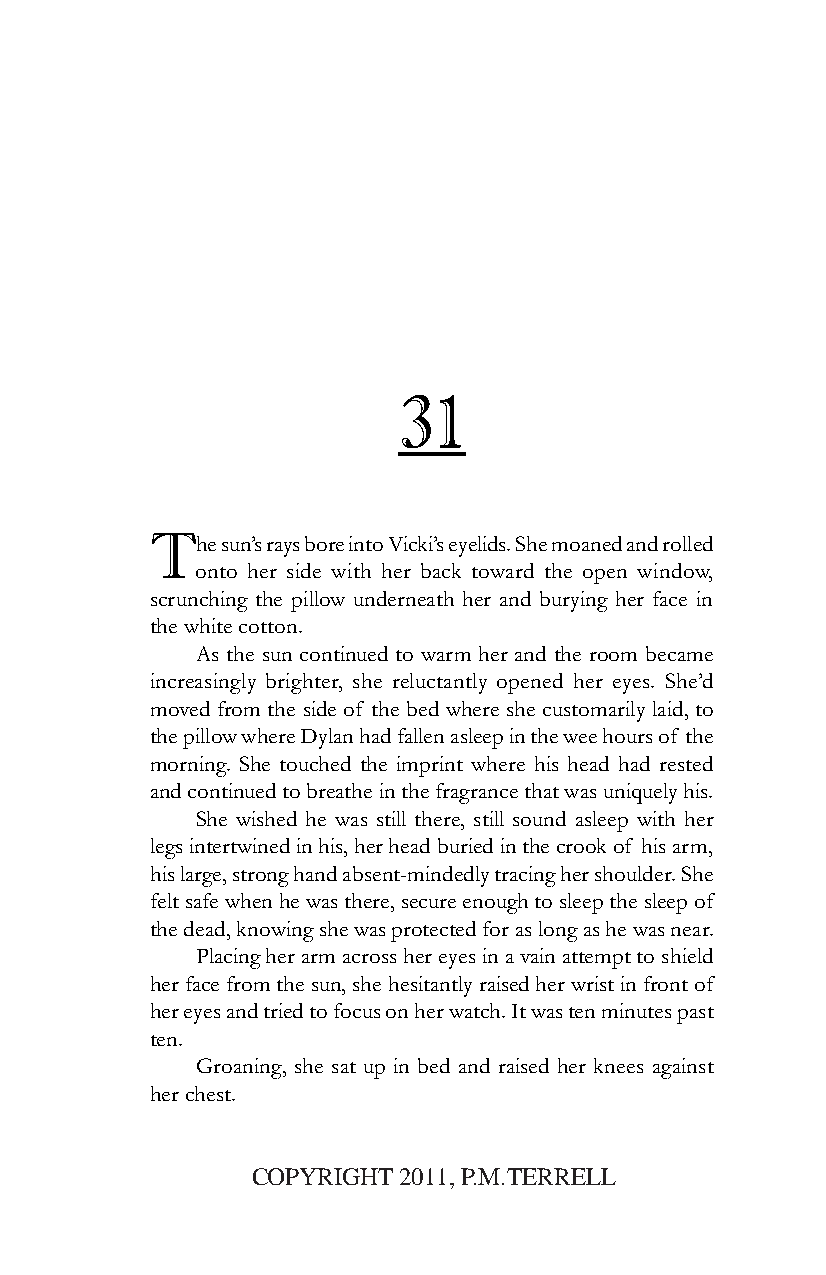
31
 The  sun’s rays bore into Vicki’s eyelids. She moaned and rolled
 onto her side with her back toward the open window,
 scrunching the pillow underneath her and burying her face in
 the white cotton.
 As the sun continued to warm her and the room became
 increasingly brighter, she reluctantly opened her eyes. She’d
 moved from the side of the bed where she customarily laid, to
 the pillow where Dylan had fallen asleep in the wee hours of the
 morning. She touched the imprint where his head had rested
 and continued to breathe in the fragrance that was uniquely his.
 She wished he was still there, still sound asleep with her
 legs intertwined in his, her head buried in the crook of his arm,
 his large, strong hand absent-mindedly tracing her shoulder. She
 felt safe when he was there, secure enough to sleep the sleep of
 the dead, knowing she was protected for as long as he was near.
 Placing her arm across her eyes in a vain attempt to shield
 her face from the sun, she hesitantly raised her wrist in front of
 her eyes and tried to focus on her watch. It was ten minutes past
 ten.
 Groaning, she sat up in bed and raised her knees against
 her chest.
 COPYRIGHT 2011, P.M.TERRELL